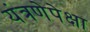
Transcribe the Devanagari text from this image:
यंत्रणेपेक्षा